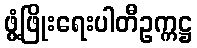
ဖွံ့ဖြိုးရေးပါတီဥက္ကဋ္ဌ